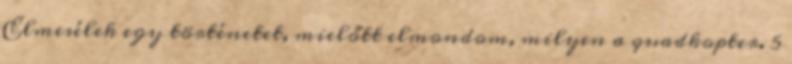
Elmesélek egy történetet, mielőtt elmondom, milyen a quadkopter. 5